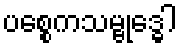
ပစ္စေကသမ္ဗုဒ္ဓေါ